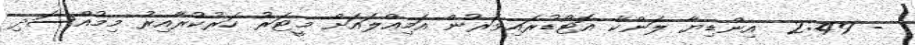
- 2:49  އިންޑިޔާ ލަންކާ އޮޓޯޑުރައިވަރުން އަމިއްލައަށް މީޓަރު ހަރުކުރާއިރު މިމުއްސަދި